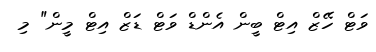
ވަޓް ހޭޒް އިޓް ބީން އެންޑް ވަޓް ޑަޒް އިޓް މީން" މި